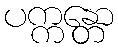
ပက္ကန္တော